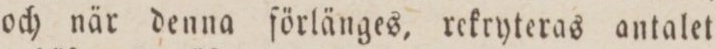
och när denna förlänges, rekryteras antalet